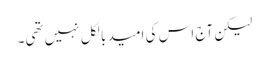
لیکن آج اس کی امید بالکل نہیں تھی۔